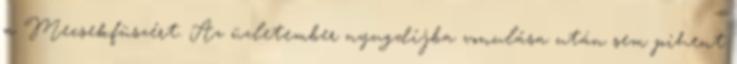
a Mecsekfüszért. Az üzletember nyugdíjba vonulása után sem pihent